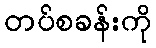
တပ်စခန်းကို